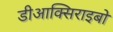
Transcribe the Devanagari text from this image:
डीआक्सिराइबो